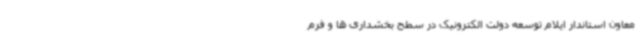
معاون استاندار ایلام توسعه دولت الکترونیک در سطح بخشداری ها و فرم